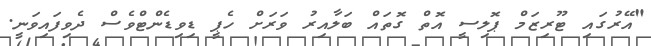
"އޭރުގައި ޓޫރިޒަމް ޕޮލިސީ އޮތް ގޮތައް ބަލާއިރު ވަރަށް ހެޕީ ޑިވިޑެންޓްވެސް ދެވިފައިވަނީ.